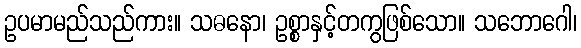
ဥပမာမည်သည်ကား။ သဓနော၊ ဥစ္စာနှင့်တကွဖြစ်သော။ သဘောဂေါ၊